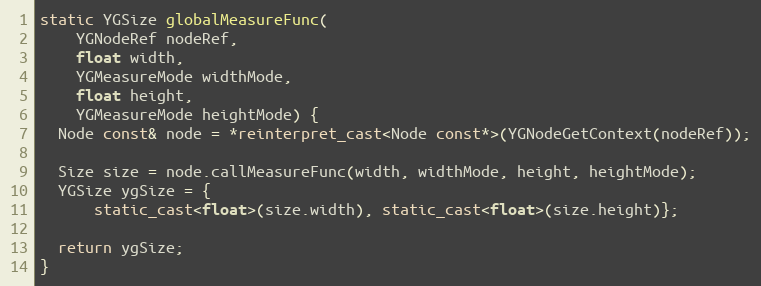
Language: C++
static YGSize globalMeasureFunc(
    YGNodeRef nodeRef,
    float width,
    YGMeasureMode widthMode,
    float height,
    YGMeasureMode heightMode) {
  Node const& node = *reinterpret_cast<Node const*>(YGNodeGetContext(nodeRef));

  Size size = node.callMeasureFunc(width, widthMode, height, heightMode);
  YGSize ygSize = {
      static_cast<float>(size.width), static_cast<float>(size.height)};

  return ygSize;
}